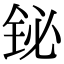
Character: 铋